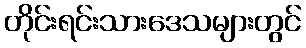
တိုင်းရင်းသားဒေသများတွင်